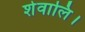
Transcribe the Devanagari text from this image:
शेवालि।